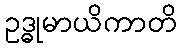
ဥဒ္ဓုမာယိကာတိ